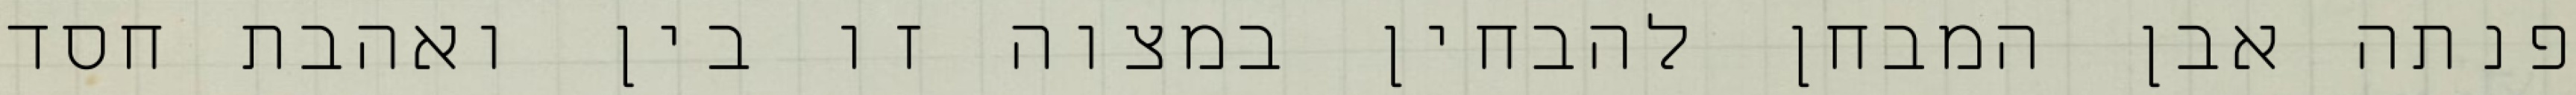
פנתה אבן המבחן להבחין במצוה זו בין ואהבת חסד